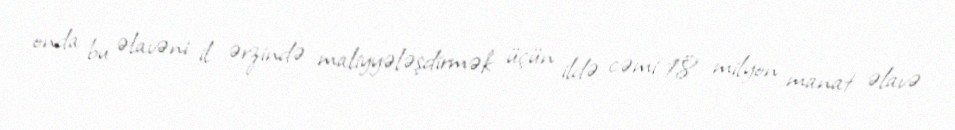
onda bu əlavəni il ərzində maliyyələşdirmək üçün ildə cəmi 18 milyon manat əlavə